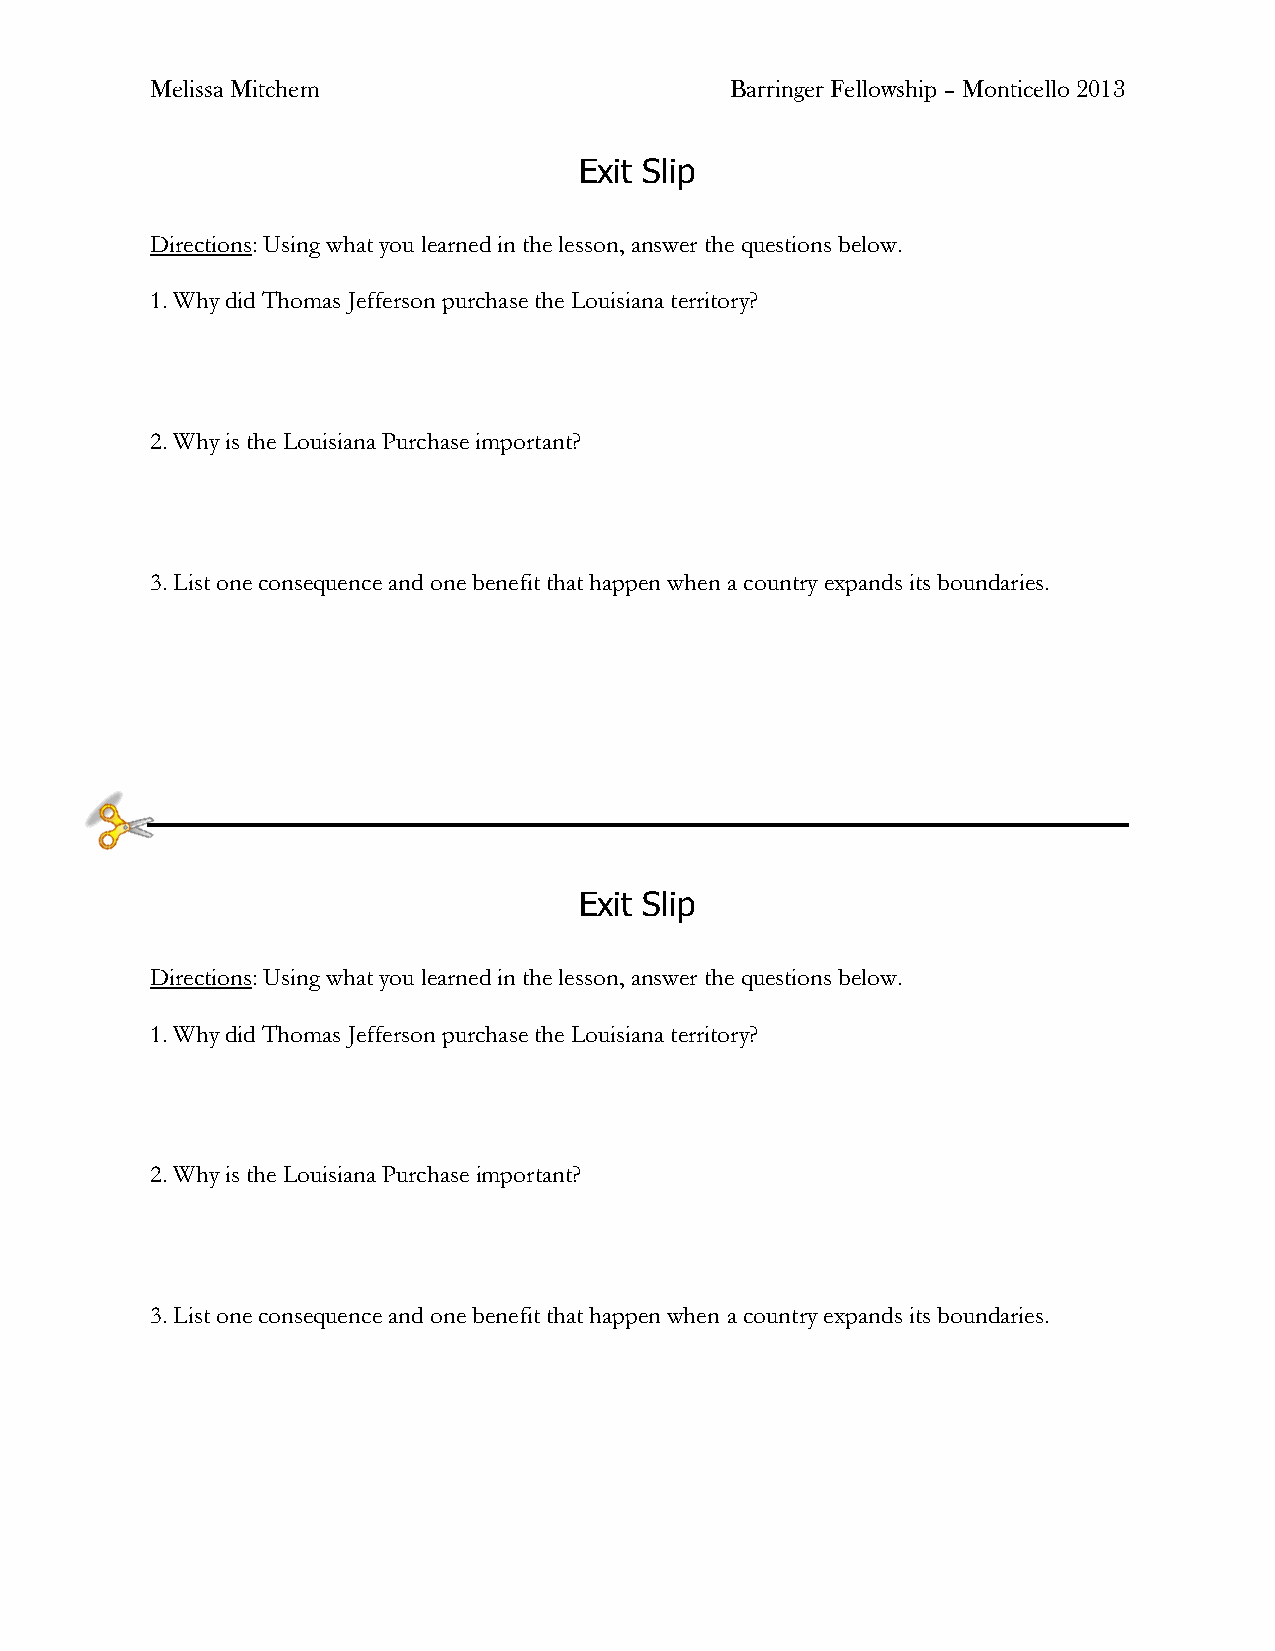
Melissa Mitchem                       Barringer Fellowship – Monticello 2013
 Exit Slip
 Directions: Using what you learned in the lesson, answer the questions below.
 1. Why did Thomas Jefferson purchase the Louisiana territory?
 2. Why is the Louisiana Purchase important?
 3. List one consequence and one benefit that happen when a country expands its boundaries.
 Exit Slip
 Directions: Using what you learned in the lesson, answer the questions below.
 1. Why did Thomas Jefferson purchase the Louisiana territory?
 2. Why is the Louisiana Purchase important?
 3. List one consequence and one benefit that happen when a country expands its boundaries.